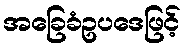
အခြေခံဥပဒေဖြင့်